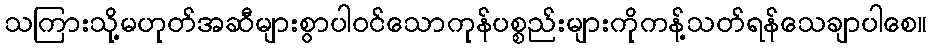
သကြားသို့မဟုတ်အဆီများစွာပါဝင်သောကုန်ပစ္စည်းများကိုကန့်သတ်ရန်သေချာပါစေ။